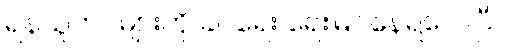
ရန်သူတပ်များကို ခပ်ရေး ရေးမြင်နေရလေပြီ။